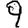
Digit: 9